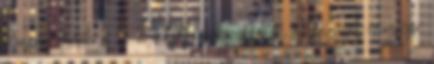
hanem ennek a 2 2 felállásnak, illetve a lengyel-magyar